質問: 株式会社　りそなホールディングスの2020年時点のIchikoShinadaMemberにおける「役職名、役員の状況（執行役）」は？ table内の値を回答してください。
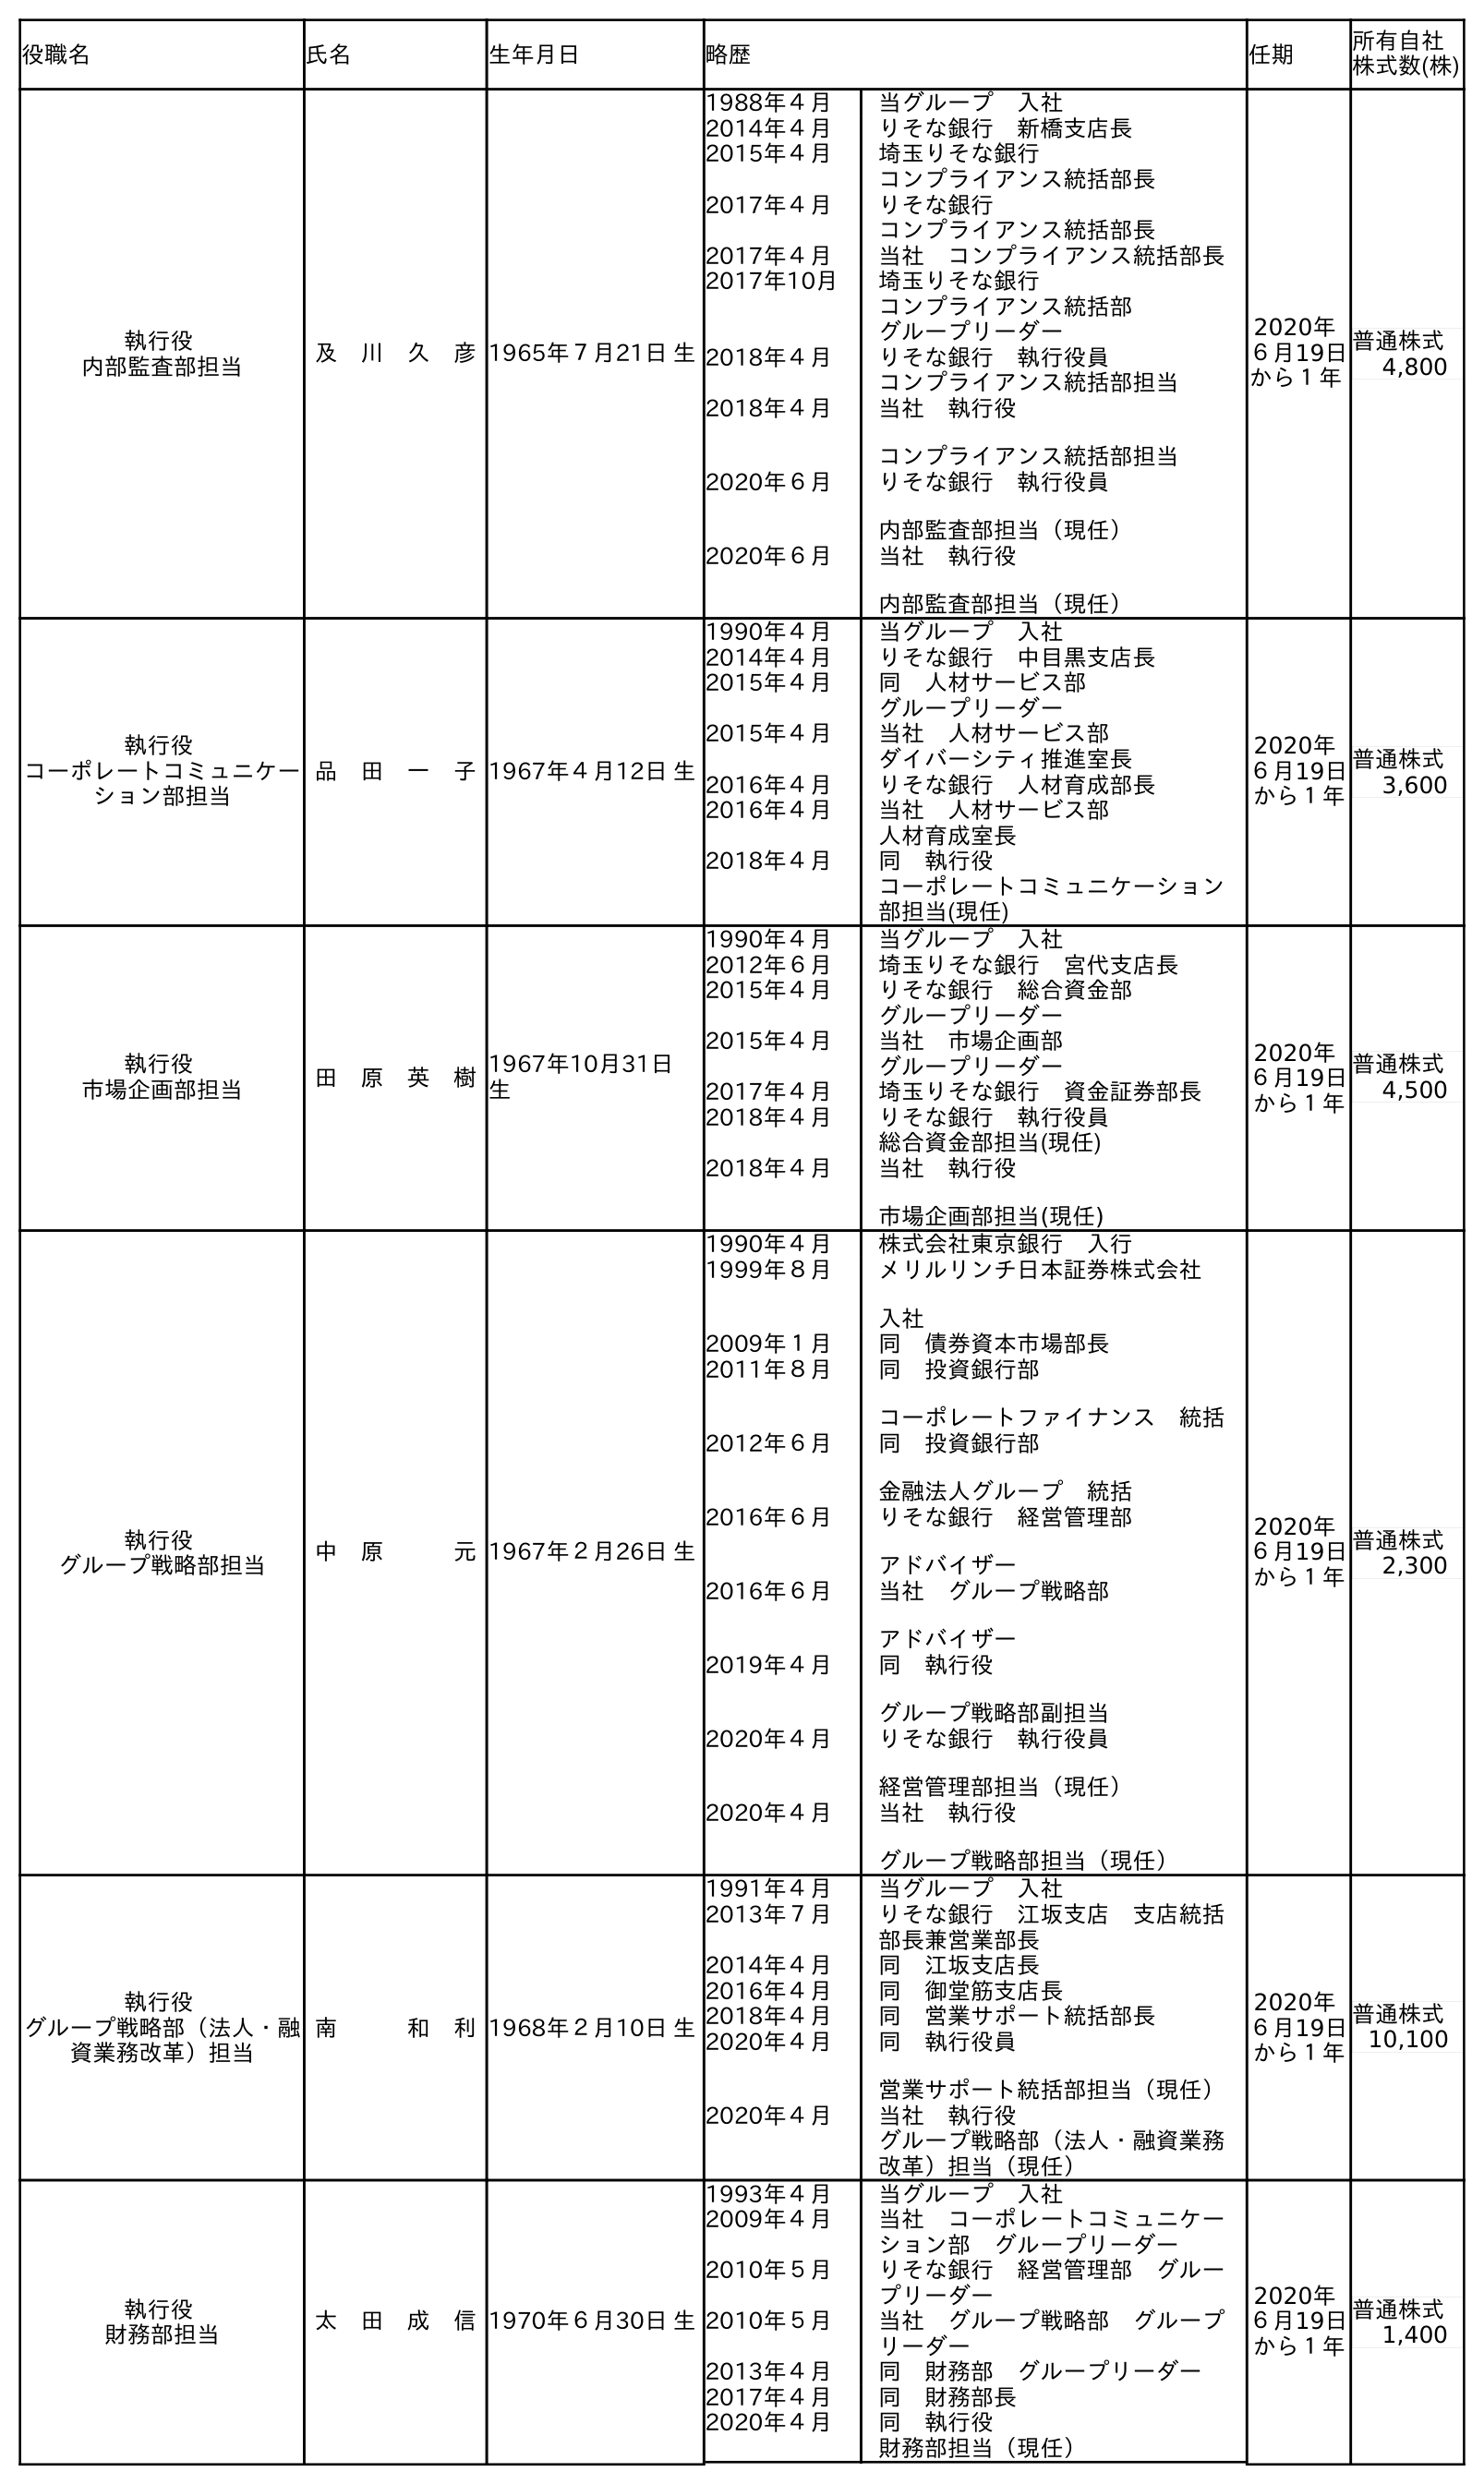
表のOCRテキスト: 役職名 氏名 生年月日 略歴 任期 所有自社 株式数(株) 執行役 内部監査部担当 及 川 久 彦1965年７月21日 生 1988年４月 当グループ 入社 2014年４月 りそな銀行 新橋支店長 2015年４月 埼玉りそな銀行 コンプライアンス統括部長 2017年４月 りそな銀行 コンプライアンス統括部長 2017年４月 当社 コンプライアンス統括部長 2017年10月 埼玉りそな銀行 コンプライアンス統括部 グループリーダー 2018年４月 りそな銀行 執行役員 コンプライアンス統括部担当 2018年４月 当社 執行役 コンプライアンス統括部担当 2020年６月 りそな銀行 執行役員 内部監査部担当（現任） 2020年６月 当社 執行役 内部監査部担当（現任） 2020年 ６月19日 から１年 普通株式 4,800 執行役 コーポレートコミュニケー ション部担当 品 田 一 子1967年４月12日 生 1990年４月 当グループ 入社 2014年４月 りそな銀行 中目黑支店長 2015年４月 同 人材サービス部 グループリーダー 2015年４月 当社 人材サービス部 ダイバーシティ推進室長 2016年４月 りそな銀行 人材育成部長 2016年４月 当社 人材サービス部 人材育成室長 2018年４月 同 執行役 コーポレートコミュニケーション 部担当(現任) 2020年 ６月19日 から１年 普通株式 3,600 執行役 市場企画部担当 田 原 英 樹1967年10月31日 生 1990年４月 当グループ 入社 2012年６月 埼玉りそな銀行 宮代支店長 2015年４月 りそな銀行 総合資金部 グループリーダー 2015年４月 当社 市場企画部 グループリーダー 2017年４月 埼玉りそな銀行 資金証券部長 2018年４月 りそな銀行 執行役員 総合資金部担当(現任) 2018年４月 当社 執行役 市場企画部担当(現任) 2020年 ６月19日 から１年 普通株式 4,500 執行役 グループ戦略部担当 中 原   元1967年２月26日 生 1990年４月 株式会社東京銀行 入行 1999年８月 メリルリンチ日本証券株式会社 入社 2009年１月 同 債券資本市場部長 2011年８月 同 投資銀行部 コーポレートファイナンス 統括 2012年６月 同 投資銀行部 金融法人グループ 統括 2016年６月 りそな銀行 経営管理部 アドバイザー 2016年６月 当社 グループ戦略部 アドバイザー 2019年４月 同 執行役 グループ戦略部副担当 2020年４月 りそな銀行 執行役員 経営管理部担当（現任） 2020年４月 当社 執行役 グループ戦略部担当（現任） 2020年 ６月19日 から１年 普通株式 2,300 執行役 グループ戦略部（法人・融 資業務改革）担当 南   和 利1968年２月10日 生 1991年４月 当グループ 入社 2013年７月 りそな銀行 江坂支店 支店統括 部長兼営業部長 2014年４月 同 江坂支店長 2016年４月 同 御堂筋支店長 2018年４月 同 営業サポート統括部長 2020年４月 同 執行役員 営業サポート統括部担当（現任） 2020年４月 当社 執行役 グループ戦略部（法人・融資業務 改革）担当（現任） 2020年 ６月19日 から１年 普通株式 10,100 執行役 財務部担当 太 田 成 信1970年６月30日 生 1993年４月 当グループ 入社 2009年４月 当社 コーポレートコミュニケー ション部 グループリーダー 2010年５月 りそな銀行 経営管理部 グルー プリーダー 2010年５月 当社 グループ戦略部 グループ リーダー 2013年４月 同 財務部 グループリーダー 2017年４月 同 財務部長 2020年４月 同 執行役 財務部担当（現任） 2020年 ６月19日 から１年 普通株式 1,400
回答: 執行役コーポレートコミュニケーション部担当